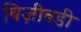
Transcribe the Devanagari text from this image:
बिज़ीबडी